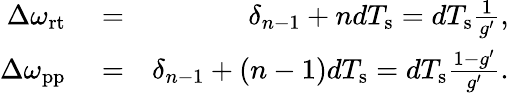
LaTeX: \begin{array}{rlr}{\Delta\omega_{\mathrm{rt}}}&{{}=}&{\delta_{n-1}+ndT_{\mathrm{s}}=dT_{\mathrm{s}}\frac{1}{g^{\prime}},}\\ {\Delta\omega_{\mathrm{pp}}}&{{}=}&{\delta_{n-1}+(n-1)dT_{\mathrm{s}}=dT_{\mathrm{s}}\frac{1-g^{\prime}}{g^{\prime}}.}\end{array}